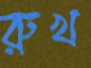
রুখ